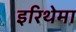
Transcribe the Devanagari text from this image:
इरिथेमा